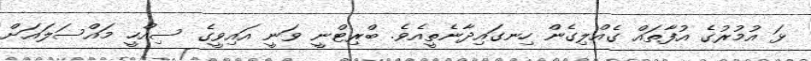
ޅަ އުމުރުގެ އުފާތައް ގެއްލިގެން ހިނގައިދާނެތީއެވެ. ބްރިޓްނީ ވަނީ އައިވީގެ ސިއްހީ މައްސަލައަށް